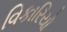
વિકારિયો